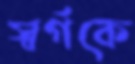
স্বর্গকে